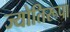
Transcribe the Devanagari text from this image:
ज्योतिरूपा